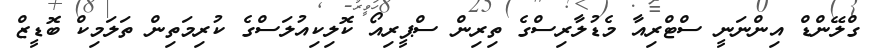
ގްލޭންޑް އިންނަނީ ސްޓްރިއާ މެޑުލާރިސްގެ ތިރިން ސްޕީރިއޯ ކޮލިކިއުލަސްގެ ކުރިމަތިން ތަލަމިކް ބޮޑީޒް